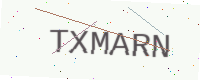
Text: TXMARN